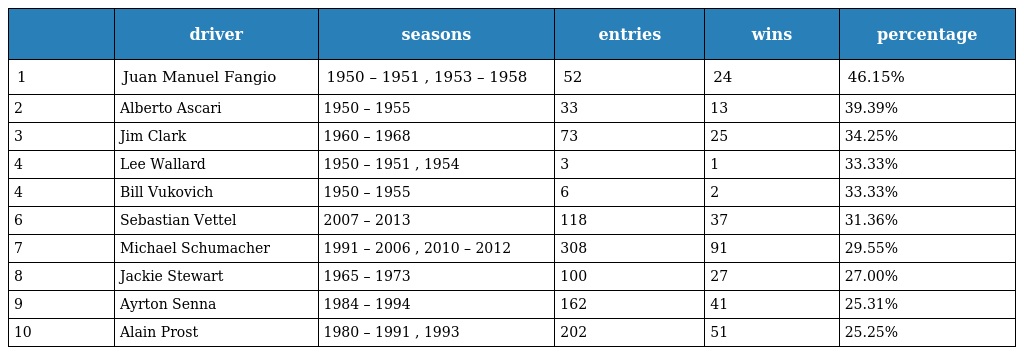
|  | driver | seasons | entries | wins | percentage |
 | --- | --- | --- | --- | --- | --- |
 | 1 | Juan Manuel Fangio | 1950 – 1951 , 1953 – 1958 | 52 | 24 | 46.15% |
 | 2 | Alberto Ascari | 1950 – 1955 | 33 | 13 | 39.39% |
 | 3 | Jim Clark | 1960 – 1968 | 73 | 25 | 34.25% |
 | 4 | Lee Wallard | 1950 – 1951 , 1954 | 3 | 1 | 33.33% |
 | 4 | Bill Vukovich | 1950 – 1955 | 6 | 2 | 33.33% |
 | 6 | Sebastian Vettel | 2007 – 2013 | 118 | 37 | 31.36% |
 | 7 | Michael Schumacher | 1991 – 2006 , 2010 – 2012 | 308 | 91 | 29.55% |
 | 8 | Jackie Stewart | 1965 – 1973 | 100 | 27 | 27.00% |
 | 9 | Ayrton Senna | 1984 – 1994 | 162 | 41 | 25.31% |
 | 10 | Alain Prost | 1980 – 1991 , 1993 | 202 | 51 | 25.25% |